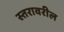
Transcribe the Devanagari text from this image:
स्‍तरावरील